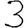
Digit: 3